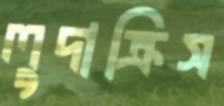
লুদাক্রিস